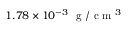
1 . 7 8 \times 1 0 ^ { - 3 } ~ \mathrm { ~ g ~ } / \mathrm { ~ c ~ m ~ } ^ { 3 }